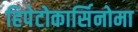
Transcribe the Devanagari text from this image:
हिपेटोकार्सिनोमा